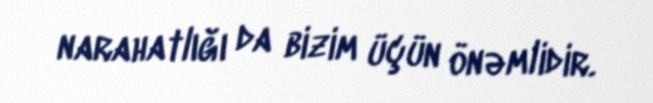
narahatlığı da bizim üçün önəmlidir.